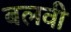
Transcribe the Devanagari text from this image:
बलवी